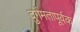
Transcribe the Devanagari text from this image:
दुर्गमतापूर्वक